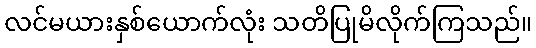
လင်မယားနှစ်ယောက်လုံး သတိပြုမိလိုက်ကြသည်။